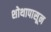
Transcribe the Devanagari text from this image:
शोथापासून